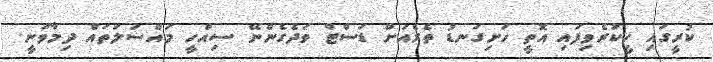
ކުރީގައި ހީކުރެވިފައި އޮތީ ހަށިގަނޑު ތެރެއަށް ޑަސްޓް ވަދެގެންނޭ ސިއްހީ މައްސަލަތައް ދިމާވަނީ.